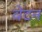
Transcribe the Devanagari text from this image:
वेटन